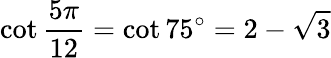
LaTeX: \cot{\frac{5\pi}{12}}=\cot 75^{\circ}=2-{\sqrt{3}}